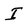
Character: I